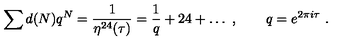
\sum d ( N ) q ^ { N } = \frac { 1 } { \eta ^ { 2 4 } ( \tau ) } = \frac { 1 } { q } + 2 4 + \dots \ , \qquad q = e ^ { 2 \pi i \tau } \ .